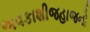
અવકાશીજહાજનો